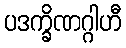
ပဒက္ခိဏဂ္ဂါဟီ